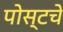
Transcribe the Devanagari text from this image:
पोस्टचे